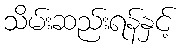
သိမ်းဆည်းရန်နှင့်